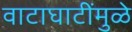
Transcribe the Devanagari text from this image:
वाटाघाटींमुळे